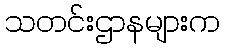
သတင်းဌာနများက